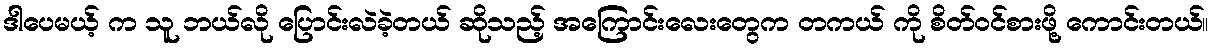
ဒါပေမယ့် က သူ ဘယ်လို ပြောင်းလဲခဲ့တယ် ဆိုသည့် အကြောင်းလေးတွေက တကယ် ကို စိတ်ဝင်စားဖို့ ကောင်းတယ်။